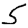
Digit: 5